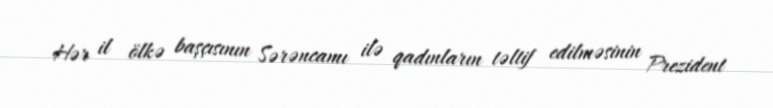
Hər il ölkə başçısının Sərəncamı ilə qadınların təltif edilməsinin Prezident